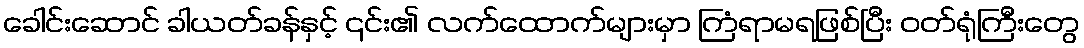
ခေါင်းဆောင် ခါယတ်ခန်နှင့် ၎င်း၏ လက်ထောက်များမှာ ကြံရာမရဖြစ်ပြီး ဝတ်ရုံကြီးတွေ